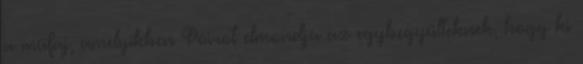
a műfaj, amelyikben Poirot elmondja az egybegyűlteknek, hogy ki